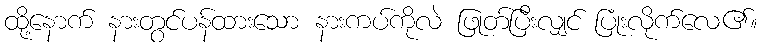
ထို့နောက် နားတွင်ပန်ထားသော နားကပ်ကိုလဲ ဖြုတ်ပြီးလျှင် ပြုံးလိုက်လေ၏။